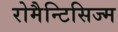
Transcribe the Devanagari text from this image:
रोमैन्टिसिज्म